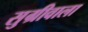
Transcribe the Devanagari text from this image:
सुग्रीवाला